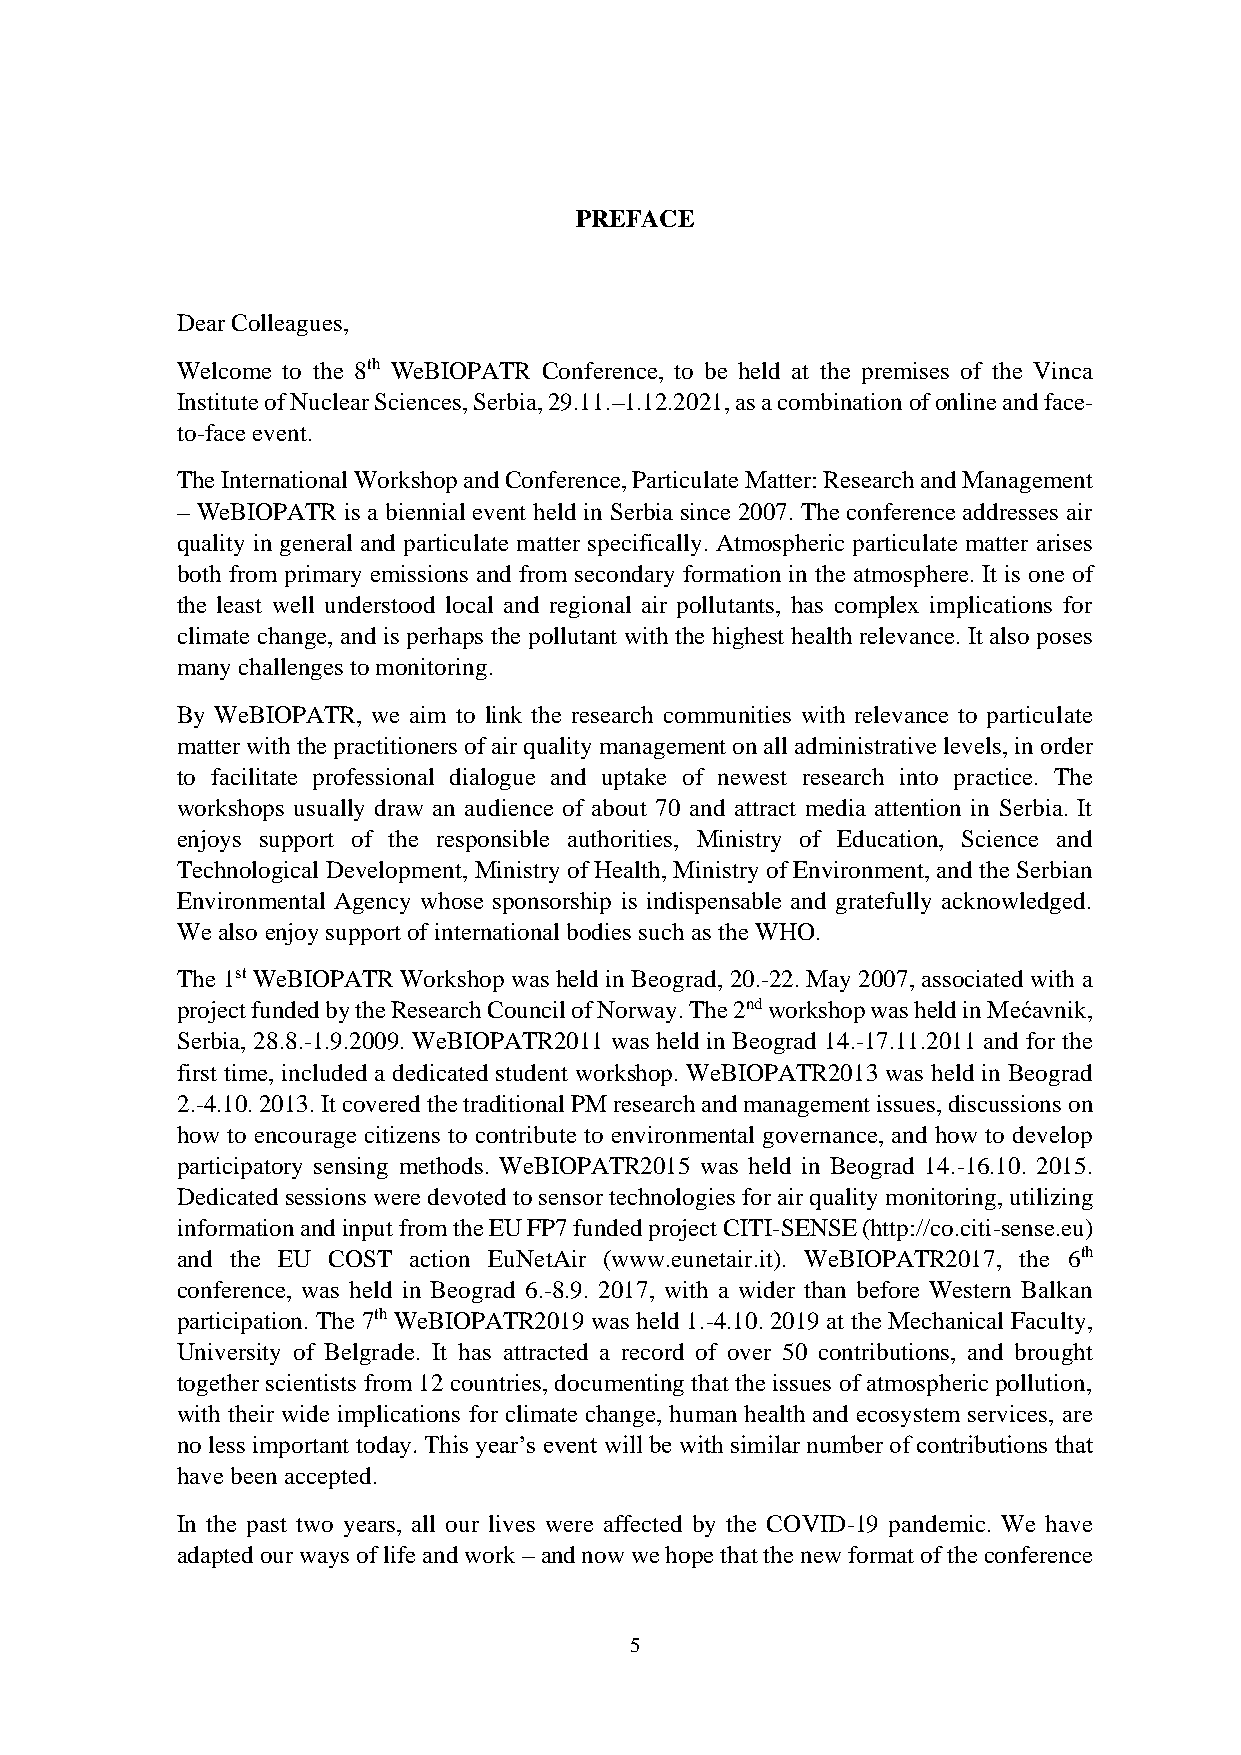
PREFACE
 Dear Colleagues,
 Welcome to the 8th WeBIOPATR Conference, to be held at the premises of the Vinca
 Institute of Nuclear Sciences, Serbia, 29.11.–1.12.2021, as a combination of online and face-
 to-face event.
 The International Workshop and Conference, Particulate Matter: Research and Management
 – WeBIOPATR is a biennial event held in Serbia since 2007. The conference addresses air
 quality in general and particulate matter specifically. Atmospheric particulate matter arises
 both from primary emissions and from secondary formation in the atmosphere. It is one of
 the least well understood local and regional air pollutants, has complex implications for
 climate change, and is perhaps the pollutant with the highest health relevance. It also poses
 many challenges to monitoring.
 By WeBIOPATR, we aim to link the research communities with relevance to particulate
 matter with the practitioners of air quality management on all administrative levels, in order
 to facilitate professional dialogue and uptake of newest research into practice. The
 workshops usually draw an audience of about 70 and attract media attention in Serbia. It
 enjoys support of the responsible authorities, Ministry of Education, Science and
 Technological Development, Ministry of Health, Ministry of Environment, and the Serbian
 Environmental Agency whose sponsorship is indispensable and gratefully acknowledged.
 We also enjoy support of international bodies such as the WHO.
 The 1st WeBIOPATR Workshop was held in Beograd, 20.-22. May 2007, associated with a
 project funded by the Research Council of Norway. The 2nd workshop was held in Mećavnik,
 Serbia, 28.8.-1.9.2009. WeBIOPATR2011 was held in Beograd 14.-17.11.2011 and for the
 first time, included a dedicated student workshop. WeBIOPATR2013 was held in Beograd
 2.-4.10. 2013. It covered the traditional PM research and management issues, discussions on
 how to encourage citizens to contribute to environmental governance, and how to develop
 participatory sensing methods. WeBIOPATR2015 was held in Beograd 14.-16.10. 2015.
 Dedicated sessions were devoted to sensor technologies for air quality monitoring, utilizing
 information and input from the EU FP7 funded project CITI-SENSE (http://co.citi-sense.eu)
 and the EU COST action EuNetAir (www.eunetair.it). WeBIOPATR2017, the 6th
 conference, was held in Beograd 6.-8.9. 2017, with a wider than before Western Balkan
 participation. The 7th WeBIOPATR2019 was held 1.-4.10. 2019 at the Mechanical Faculty,
 University of Belgrade. It has attracted a record of over 50 contributions, and brought
 together scientists from 12 countries, documenting that the issues of atmospheric pollution,
 with their wide implications for climate change, human health and ecosystem services, are
 no less important today. This year’s event will be with similar number of contributions that
 have been accepted.
 In the past two years, all our lives were affected by the COVID-19 pandemic. We have
 adapted our ways of life and work – and now we hope that the new format of the conference
 5